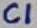
Text: C1